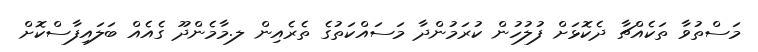
މަސްތުވާ ތަކެއްޗާ ދެކޮޅަށް ފުލުހުން ކުރަމުންދާ މަސައްކަތުގެ ތެރެއިން ލ.މާމެންދޫ ގެއެއް ބަލައިފާސްކޮށް